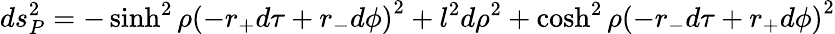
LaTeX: ds_{P}^{2}=-\sinh^{2}\rho\left(-r_{+}d\tau+r_{-}d\phi\right)^{2}+l^{2}d\rho^{2}+\cosh^{2}\rho\left(-r_{-}d\tau+r_{+}d\phi\right)^{2}